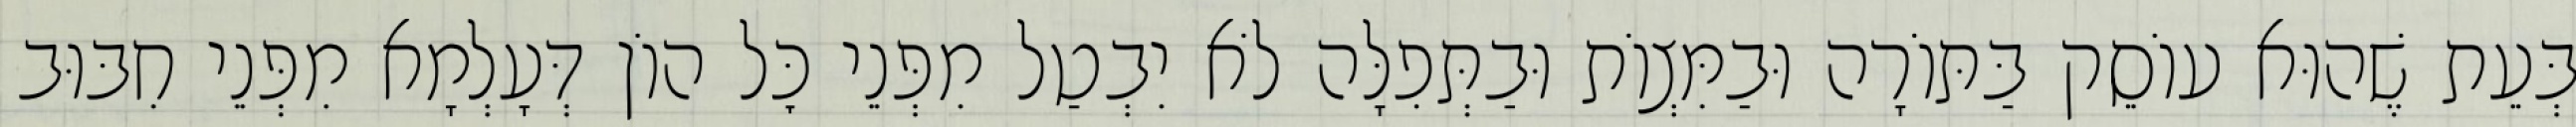
בְּעֵת שֶׁהוּא עוֹסֵק בַּתּוֹרָה וּבַמִּצְוֹת וּבַתְּפִלָּה לֹא יִבְטַל מִפְּנֵי כׇּל הוֹן דְּעָלְמָא מִפְּנֵי חִבּוּב